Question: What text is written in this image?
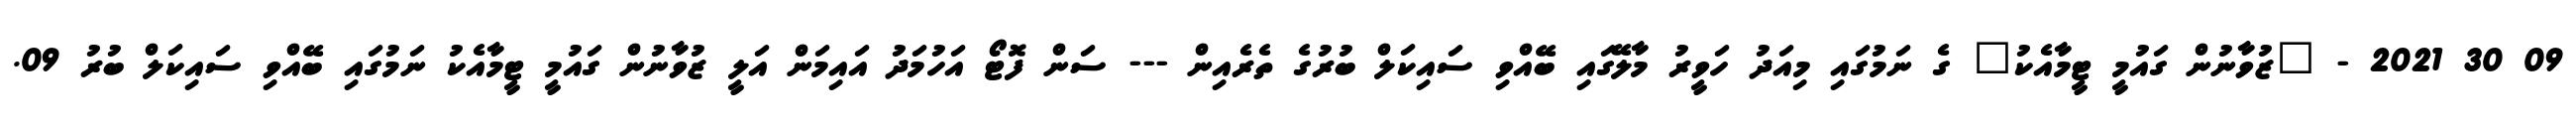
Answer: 09 30 2021 - "ޒުވާނުން ގައުމީ ޓީމާއެކު" ގެ ނަމުގައި މިއަދު ހަވީރު މާލޭގައި ބޭއްވި ސައިކަލް ބުރުގެ ތެރެއިން --- ސަން ފޮޓޯ އަހުމަދު އައިމަން އަލީ ޒުވާނުން ގައުމީ ޓީމާއެކު ނަމުގައި ބޭއްވި ސައިކަލް ބުރު 09.